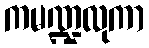
ကမဏ္ဍလုကာ